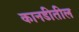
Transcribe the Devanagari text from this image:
कानडीतील